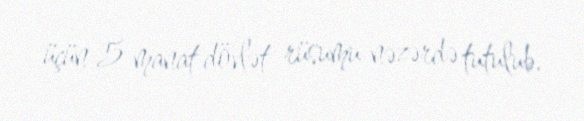
üçün 5 manat dövlət rüsumu nəzərdə tutulub.